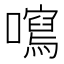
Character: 𡃂